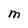
Character: M